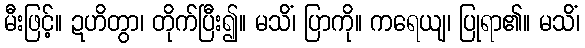
မီးဖြင့်။ ဍဟိတွာ၊ တိုက်ပြီး၍။ မသိံ၊ ပြာကို။ ကရေယျ၊ ပြုရာ၏။ မသိံ၊